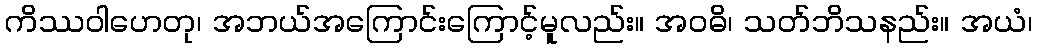
ကိဿဝါဟေတု၊ အဘယ်အကြောင်းကြောင့်မူလည်း။ အဝဓိ၊ သတ်ဘိသနည်း။ အယံ၊